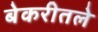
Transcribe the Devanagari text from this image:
बेकरीतले